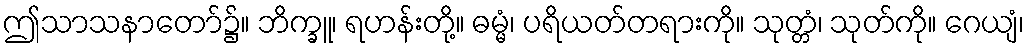
ဤသာသနာတော်၌။ ဘိက္ခူ၊ ရဟန်းတို့။ ဓမ္မံ၊ ပရိယတ်တရားကို။ သုတ္တံ၊ သုတ်ကို။ ဂေယျံ၊